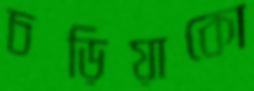
চড়িয়াকো